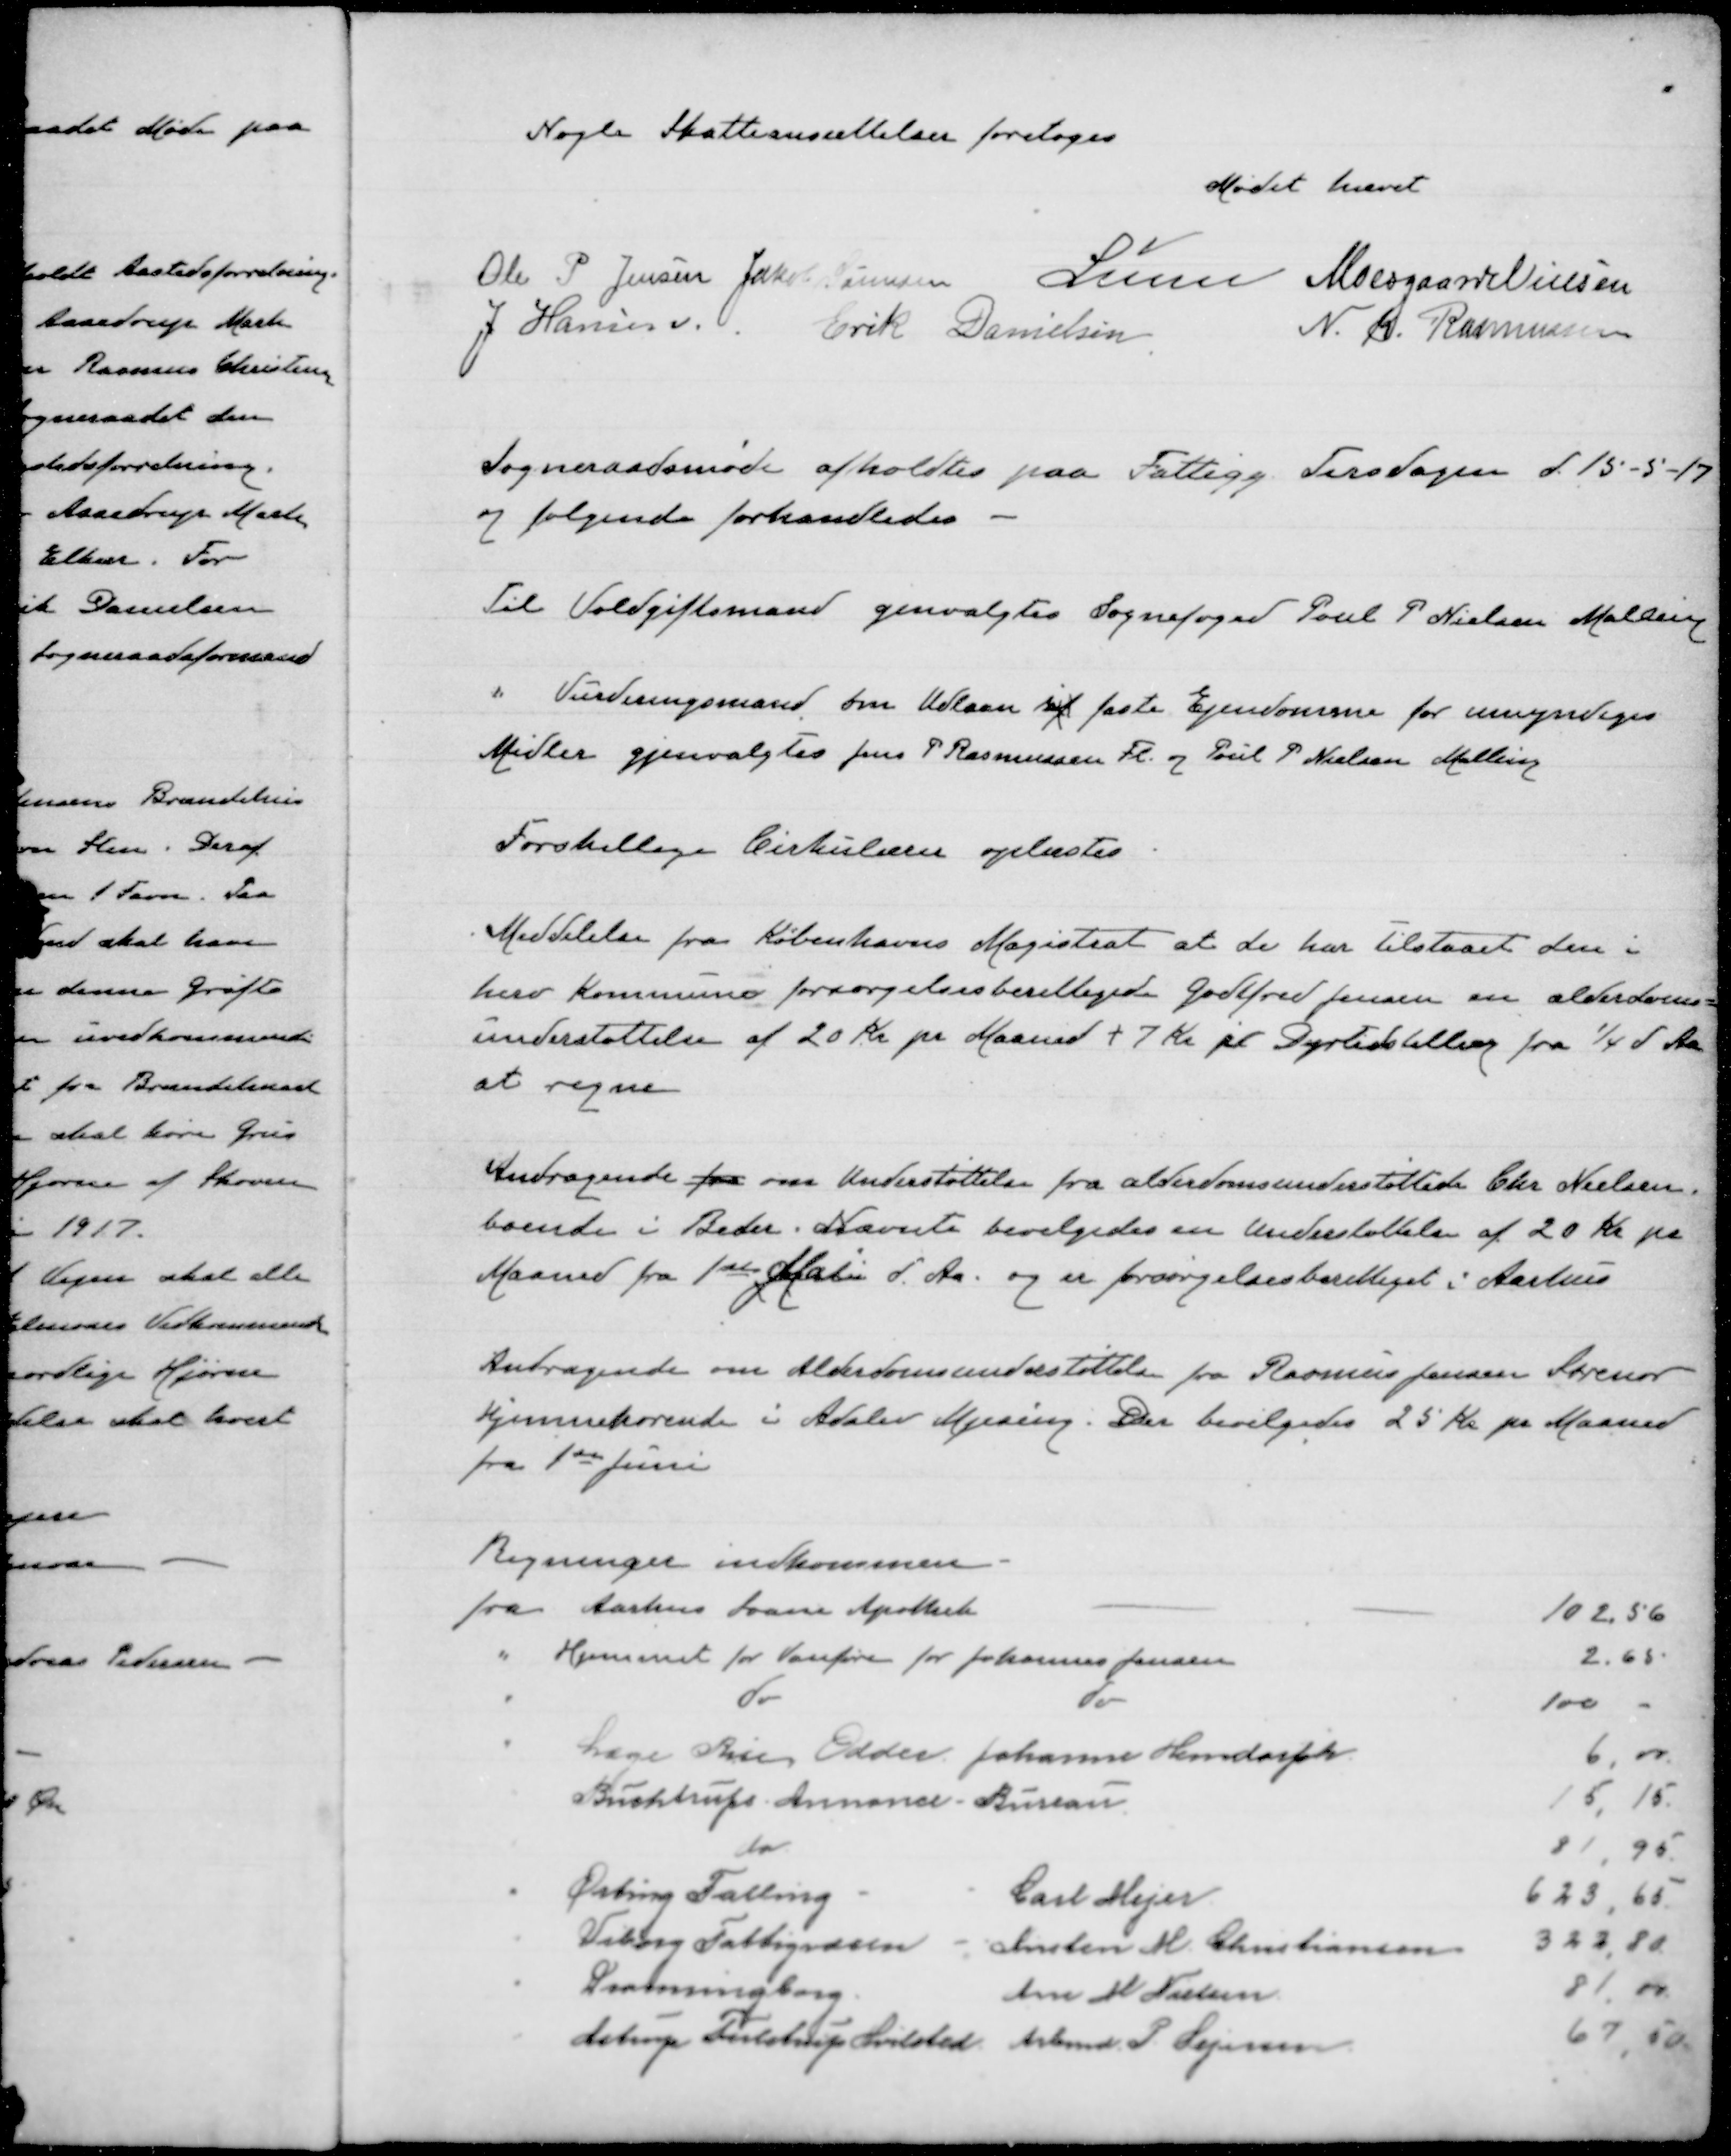
Transskription:
Nogle Skatteansættelser foretoges

Mødet hævet

Ole P Jensen
Jakob Hansen
Lunn
Moesgaard Nielsen

J Hansen
Erik Danielsen
N. K Rasmussen

Sognerådsmødet afholdtes paa Fattigg Tirsdagen d 15-5-17
og følgende forhandledes

Til Voldgiftsmand genvalgtes Sognefoged Poul P Nielsen Malling
" Vurderingsmand for Udlaan i faste Ejendomme for umyndiges
Midler gjenvalgtes Jens P Rasmussen Fl. og Poul P Nielsen Malling
Forskellige Cirkulærer oplæstes

Meddelelser fra Københavns Magistrat at de har tilstaaet den i
hver Kommunes forsørgelsesberettigede Godtfred Jensen om alderdommens=
understøttelse af 20 Kr pr Maaned + 7 Kr pr Dyrtidstillæg fra 1/4 d Aar
at regne

Andragende fra om Understøttelse fra alderdomsunderstøttede Chr Nielsen
boende i Beder. Nævnte bevilgedes en Understøttelse af 20 Kr pr
Maaned fra 1ste Marts d. Aar og er forsørgelsesberettiget i Aarhus

Andragende om Aldersunderstøttelse fra Rasmus Jensen Sørensen
hjemmehørende i Adslev Mjesing. Der bevilgedes 25 Kr pr Maaned
fra 1ste Juni

Regninger indkommen
fra Aarhus Svane Apothek
102.56
" Hjemmet for Vanføre for Johannes Jensen
2.65
"
do
do
100
"
Læge Ries Odder Johanne Hendorph
6,00
"
Buchtrufs Annonce Bureau
15,15
"
do
81,95
"
Ørting Falling
Carl Mejer
623,65
"
Viborg Fattigvæsen Anders M Christiansen
322,80
"
Dronningborg
Ane H Nielsen
81,00
"
Astrup, Tulstrup Hvilsted Arbmand P Sejersen
67,50